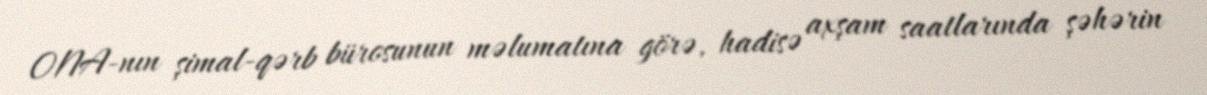
ONA-nın şimal-qərb bürosunun məlumatına görə, hadisə axşam saatlarında şəhərin